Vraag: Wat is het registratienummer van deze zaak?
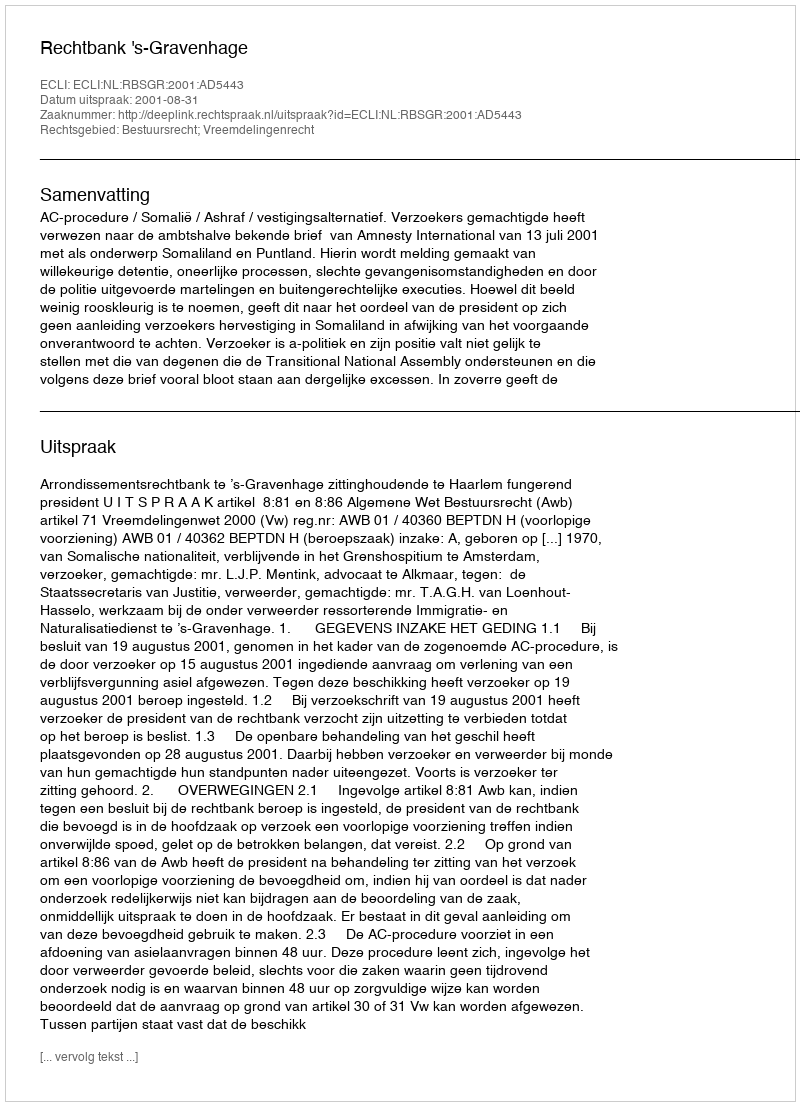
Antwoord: http://deeplink.rechtspraak.nl/uitspraak?id=ECLI:NL:RBSGR:2001:AD5443